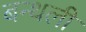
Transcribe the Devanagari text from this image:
बन्थली